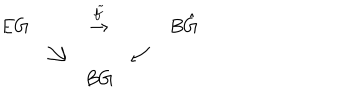
\begin{array} { c c c c c } { { E G } } & { { } } & { { \stackrel { \tilde { f } } { \rightarrow } } } & { { } } & { { B \hat { G } } } \\ { { } } & { { \searrow } } & { { } } & { { \swarrow } } & { { } } \\ { { } } & { { } } & { { B G } } & { { } } & { { } } \\ \end{array}